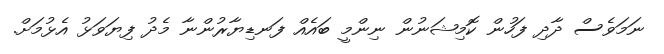
ނަމަވެސް ދާދި ފަހުން ކޮމިޝަނުން ނިންމީ ބައެއް ފަނޑިޔާރުންނާ މެދު ފިޔަވަޅު އެޅުމަށް.